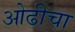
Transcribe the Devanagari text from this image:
ओढीचा